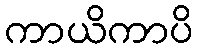
ကာယိကာပိ